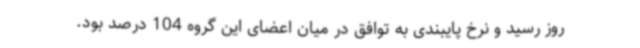
روز رسید و نرخ پایبندی به توافق در میان اعضای این گروه 104 درصد بود.